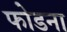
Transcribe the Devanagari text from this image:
फोडना